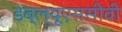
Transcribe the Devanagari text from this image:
डब्ल्यूएससीवी